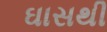
ઘાસથી